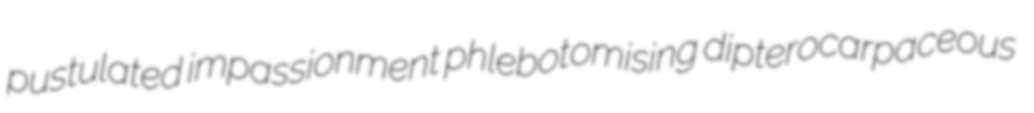
pustulated impassionment phlebotomising dipterocarpaceous